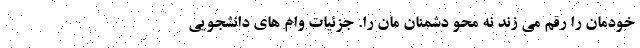
خودمان را رقم می زند نه محو دشمنان مان را. جزئیات وام های دانشجویی